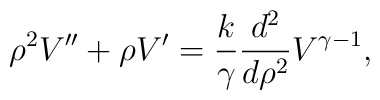
\rho^2V''+\rho V'={k\over\gamma}{{d^2}\over{d\rho^2}}V^{\gamma-1},